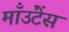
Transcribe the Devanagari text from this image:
माँउंटेंस